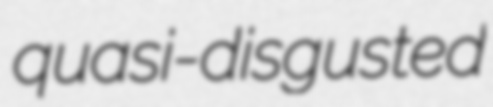
quasi-disgusted